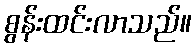
စွန်းထင်းလာသည်။